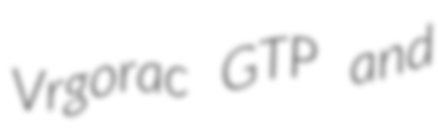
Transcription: Vrgorac GTP and